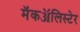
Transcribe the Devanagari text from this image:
मॅकॲलिस्टेर